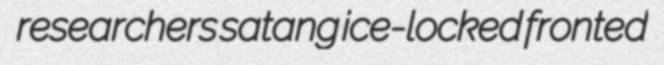
researchers satang ice-locked fronted